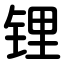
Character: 锂